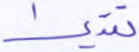
تقديرا